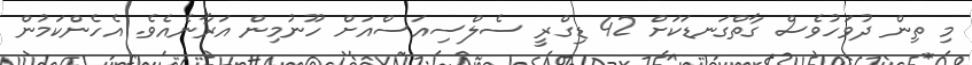
މި ތިން ދުވަހުވެސް ގާތްގަނޑަކަށް 42 ޑިގްރީ ސެލްސިއަސްއަށް ހޫނުމިން އަރާނެއެވެ. އެހެންކަމުން